Annual returns of the Patna Lunatic Asylum at Bankipore in Bihar and Orissa - 1912-1924
Year: 1912
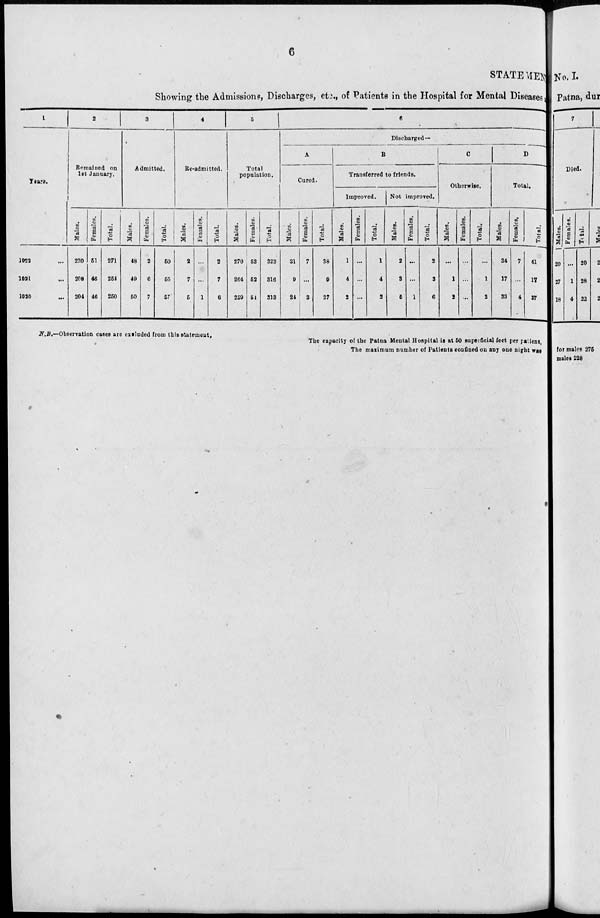
6
STATEMENT
Showing the Admissions, Discharges, etc., of Patients in the Hospital for Mental Diseases at
1
Years.
1922 ...
1921 ...
1920 ...
2
Remained on
1st January.
Males.
220
208
204
Females.
51
46
46
Total.
271
254
250
3
Admitted.
Males.
48
49
50
Females.
2
6
7
Total.
50
55
57
4
Re-admitted.
Males.
2
7
5
Females.
...
...
1
Total.
2
7
6
5
Total
population.
Males.
270
264
259
Females.
53
52
54
Total.
323
316
313
6
Discharged—
A
Cured.
Males.
31
9
24
Females.
7
...
3
Total.
38
9
27
B
Transferred to friends.
Improved.
Males.
1
4
2
Females.
...
...
...
Total.
1
4
2
Not improved.
Males.
2
3
5
Females.
...
...
1
Total.
2
3
6
C
Otherwise.
Males.
...
1
2
Females.
...
...
...
Total.
...
1
2
D
Total.
Males.
34
17
33
Females.
7
...
4
Total.
41
17
37
N.B.—Observation cases are excluded from this statement.
The capacity of the Patna Mental Hospital is at 50 superficial feet per patient,
The maximum number of Patients confined on any one night was